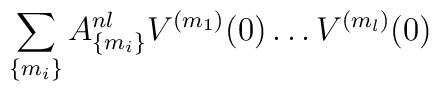
\sum_{\{ m_i \}} A^{nl}_{\{m_i\}} V^{(m_1)}(0) \dots V^{(m_l)}(0)